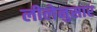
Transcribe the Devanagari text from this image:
लीलेनुसार